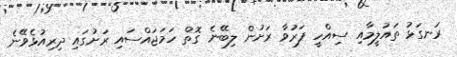
ރަނގަޅު ތައުލީމާއި ސިއްހީ ފަރުވާ ރަށުން ލިބޭނެ ގޮތް ހަމަޖައްސައި ރަށުގައި ދިރިއުޅެވޭނެ